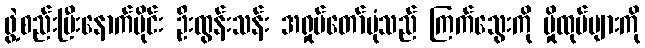
ဖွဲ့စည်းပြီးနောက်ပိုင်း ဦးထွန်းသန်း အရှုပ်တော်ပုံသည် ကြက်သွေးကို မှိုထုပ်များကို